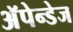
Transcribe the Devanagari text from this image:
अॅपेन्डेज